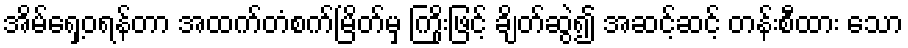
အိမ်ရှေ့ဝရန်တာ အထက်တံစက်မြိတ်မှ ကြိုးဖြင့် ချိတ်ဆွဲ၍ အဆင့်ဆင့် တန်းစီထား သော